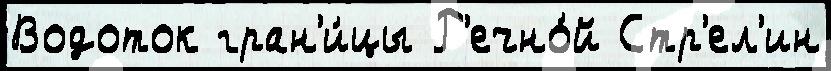
Водоток гран'и́цы Р'ечно́й Стр'ел'ин